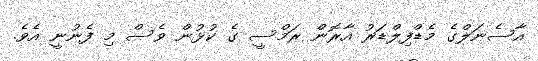
އާސެނަލްގެ މެޑްފިލްޑަރު އާރޮން ރަމްސީ ގެ ކުޅުން ވެސް މި ފެނުނީ އެވެ.